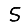
Digit: 5